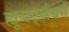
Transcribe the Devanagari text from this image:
ह्यूबर्ट्सबर्ग